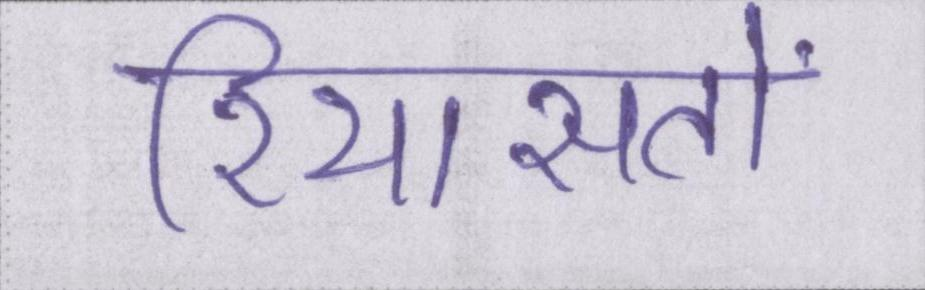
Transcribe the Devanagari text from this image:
रियासतों